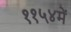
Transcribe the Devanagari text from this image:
११५४में